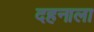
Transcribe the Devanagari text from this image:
दहनाला